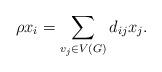
LaTeX: \begin{align*} \rho x_i=\sum_{v_j\in V( G )}{d_{ij}x_j}.\end{align*}